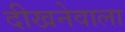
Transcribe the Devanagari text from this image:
दीखनेवाला